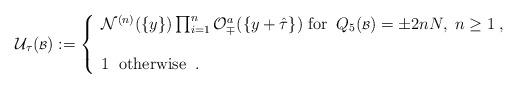
LaTeX: \begin{align*}{\cal U}_\tau ({\scriptstyle {\cal B}}) :=\left\{ \begin{array}{l}{\cal N}^{(n)} (\{y\}) \prod_{i=1}^n {\cal O}^a_\mp (\{y+\hat{\tau}\})\; \mbox{for} \; \; Q_5({\scriptstyle{\cal B}}) = \pm 2nN , \; n \geq 1 \; , \\\; \\1 \; \; \mbox{otherwise} \; \; . \end{array} \right.\end{align*}